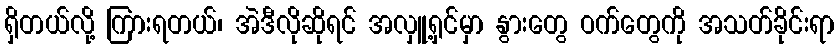
ရှိတယ်လို့ ကြားရတယ်၊ အဲဒီလိုဆိုရင် အလှူ့ရှင်မှာ နွားတွေ ဝက်တွေကို အသတ်ခိုင်းရာ